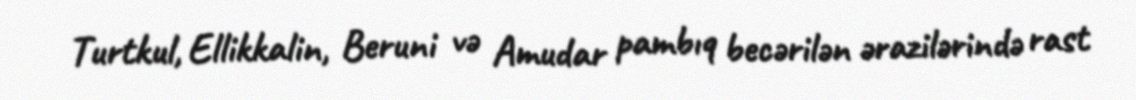
Turtkul, Ellikkalin, Beruni və Amudar pambıq becərilən ərazilərində rast